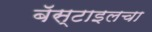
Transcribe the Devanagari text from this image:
बॅस्टाइलचा